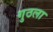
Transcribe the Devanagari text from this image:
गुठला